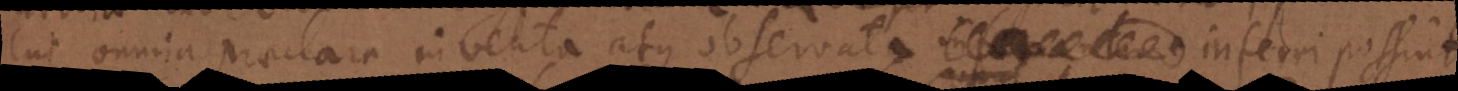
cui omnia praeclare inventa atque observata inferri possint.